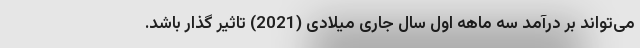
می‌تواند بر درآمد سه ماهه اول سال جاری میلادی (2021) تاثیر گذار باشد.